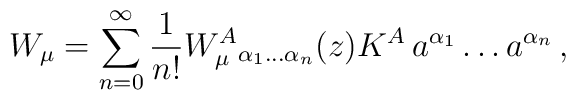
W_\mu = \sum_{n=0}^\infty \frac{1}{n!}W_\mu^{A}{}_{ \alpha_1 \ldots \alpha_n } (z)K^A\, a^{\alpha_1} \ldots a^{\alpha_n }\,,